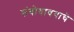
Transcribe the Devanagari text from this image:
संबोधावयाचे